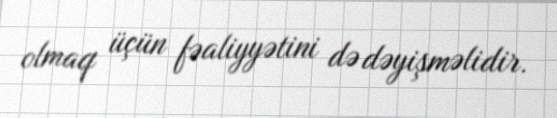
olmaq üçün fəaliyyətini də dəyişməlidir.